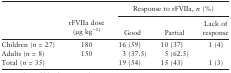
<table><thead><tr><td></td><td></td><td colspan="3"><b>Response to rFVIIa, <i>n</i> (%)</b></td></tr><tr><td></td><td><b>rFVIIa dose (μg kg<sup>−1)</sup></b></td><td><b>Good</b></td><td><b>Partial</b></td><td><b>Lack of response</b></td></tr></thead><tbody><tr><td>Children (<i>n</i>=<i></i>27)</td><td>180</td><td>16 (59)</td><td>10 (37)</td><td>1 (4)</td></tr><tr><td>Adults (<i>n</i>=<i></i>8)</td><td>150</td><td>3 (37.5)</td><td>5 (62.5)</td><td></td></tr><tr><td>Total (<i>n</i>=<i></i>35)</td><td></td><td>19 (54)</td><td>15 (43)</td><td>1 (3)</td></tr></tbody></table>